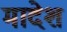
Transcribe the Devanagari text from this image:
मादेश